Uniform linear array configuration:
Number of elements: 8
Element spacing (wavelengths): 0.75
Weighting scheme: cosine
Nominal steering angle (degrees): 0
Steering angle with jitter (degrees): -1.464
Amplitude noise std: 0.05
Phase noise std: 0.05

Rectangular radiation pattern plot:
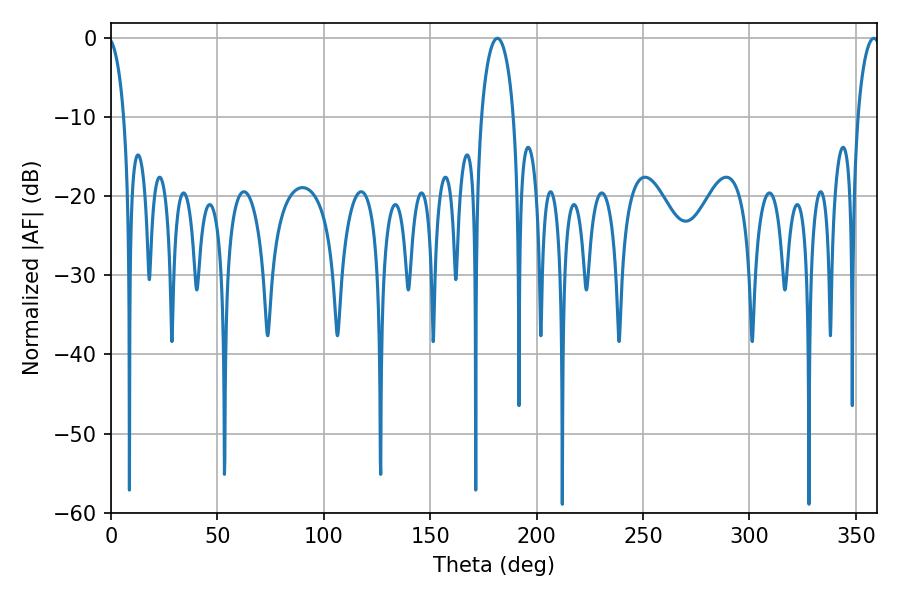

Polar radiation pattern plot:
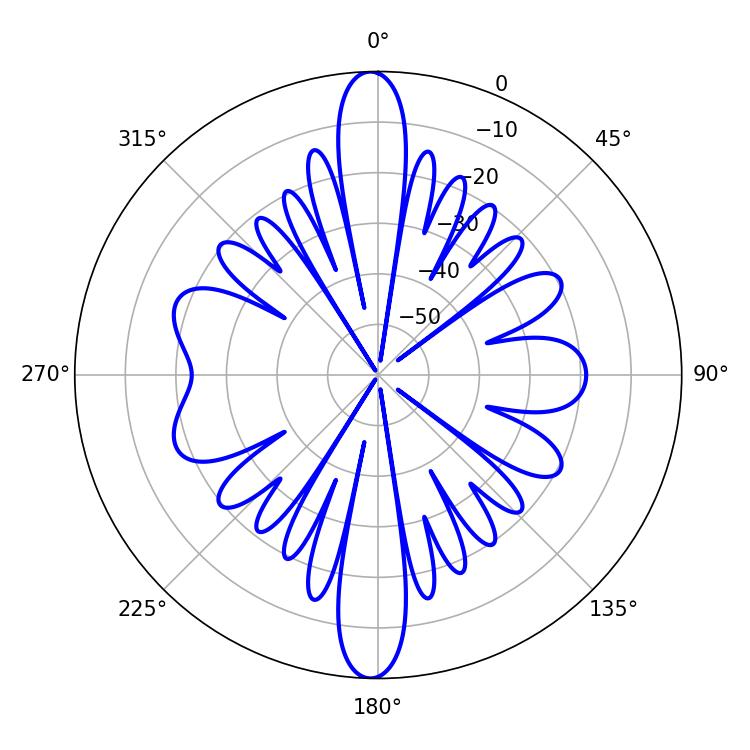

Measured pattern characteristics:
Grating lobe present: TRUE
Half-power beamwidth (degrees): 8.82
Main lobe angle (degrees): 181.62